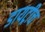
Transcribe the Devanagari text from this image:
डायट्रीच